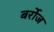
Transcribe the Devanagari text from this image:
बर्रोज